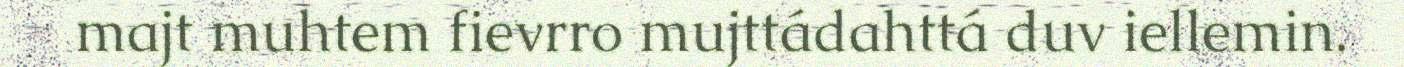
majt muhtem fievrro mujttádahttá duv iellemin.